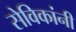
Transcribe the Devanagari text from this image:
सेविकांनी